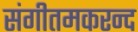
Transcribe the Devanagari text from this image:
संगीतमकरन्द